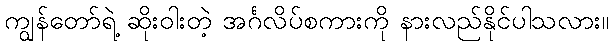
ကျွန်တော်ရဲ့ ဆိုးဝါးတဲ့ အင်္ဂလိပ်စကားကို နားလည်နိုင်ပါသလား။